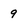
Character: 9